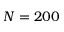
N = 2 0 0